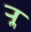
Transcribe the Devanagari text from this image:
र्‍ाॣ